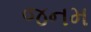
જનમ